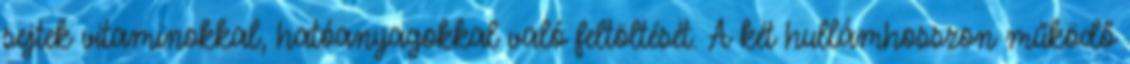
sejtek vitaminokkal, hatóanyagokkal való feltöltését. A két hullámhosszon működő